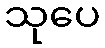
သုပေ